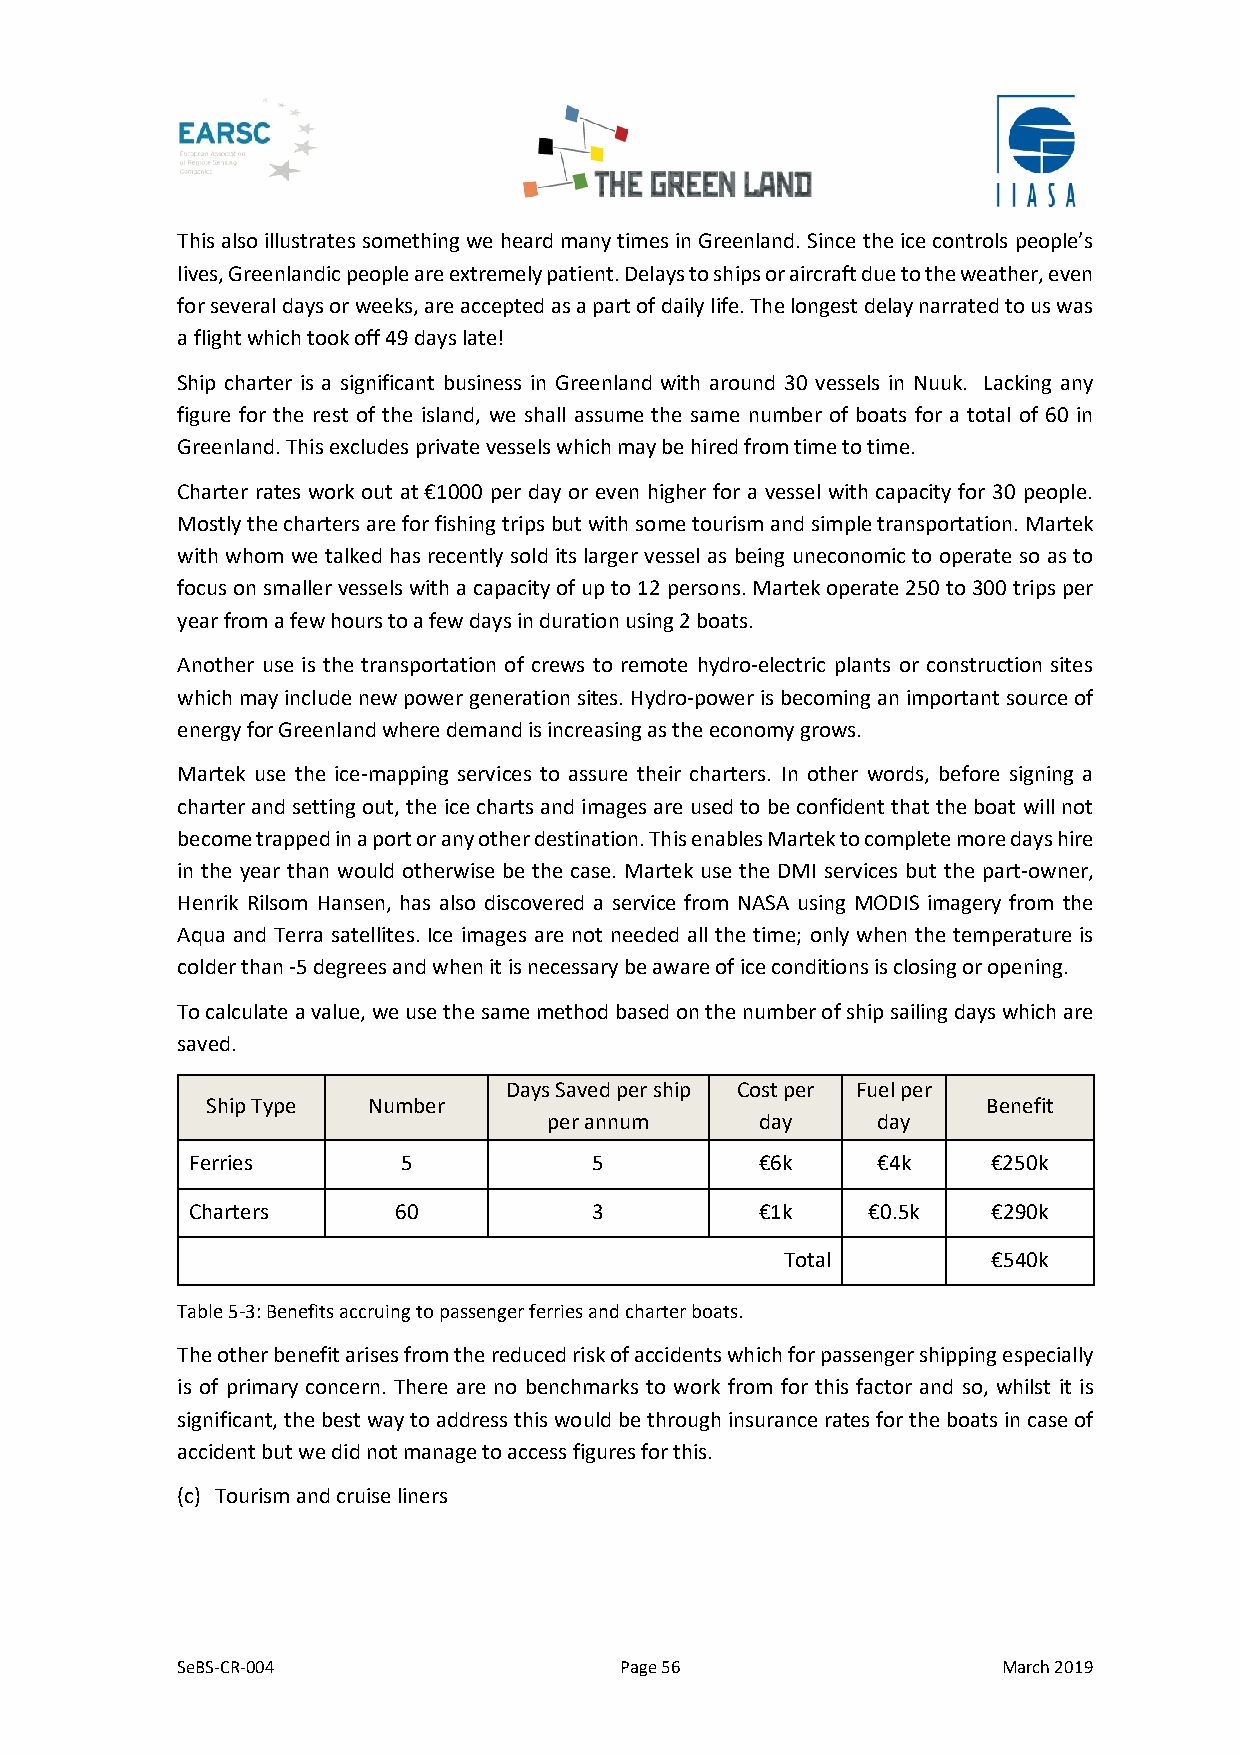
This also illustrates something we heard many times in Greenland. Since the ice controls people’s
 lives, Greenlandic people are extremely patient. Delays to ships or aircraft due to the weather, even
 for several days or weeks, are accepted as a part of daily life. The longest delay narrated to us was
 a flight which took off 49 days late!
 Ship charter is a significant business in Greenland with around 30 vessels in Nuuk. Lacking any
 figure for the rest of the island, we shall assume the same number of boats for a total of 60 in
 Greenland. This excludes private vessels which may be hired from time to time.
 Charter rates work out at €1000 per day or even higher for a vessel with capacity for 30 people.
 Mostly the charters are for fishing trips but with some tourism and simple transportation. Martek
 with whom we talked has recently sold its larger vessel as being uneconomic to operate so as to
 focus on smaller vessels with a capacity of up to 12 persons. Martek operate 250 to 300 trips per
 year from a few hours to a few days in duration using 2 boats.
 Another use is the transportation of crews to remote hydro-electric plants or construction sites
 which may include new power generation sites. Hydro-power is becoming an important source of
 energy for Greenland where demand is increasing as the economy grows.
 Martek use the ice-mapping services to assure their charters. In other words, before signing a
 charter and setting out, the ice charts and images are used to be confident that the boat will not
 become trapped in a port or any other destination. This enables Martek to complete more days hire
 in the year than would otherwise be the case. Martek use the DMI services but the part-owner,
 Henrik Rilsom Hansen, has also discovered a service from NASA using MODIS imagery from the
 Aqua and Terra satellites. Ice images are not needed all the time; only when the temperature is
 colder than -5 degrees and when it is necessary be aware of ice conditions is closing or opening.
 To calculate a value, we use the same method based on the number of ship sailing days which are
 saved.
 Days Saved per ship Cost per Fuel per
 Ship Type Number                                   Benefit
 per annum     day     day
 Ferries       5           5          €6k     €4k     €250k
 Charters     60           3          €1k    €0.5k    €290k
 Total         €540k
 Table 5-3: Benefits accruing to passenger ferries and charter boats.
 The other benefit arises from the reduced risk of accidents which for passenger shipping especially
 is of primary concern. There are no benchmarks to work from for this factor and so, whilst it is
 significant, the best way to address this would be through insurance rates for the boats in case of
 accident but we did not manage to access figures for this.
 (c) Tourism and cruise liners
 SeBS-CR-004                  Page 56                  March 2019